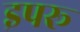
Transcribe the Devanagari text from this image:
इपरू